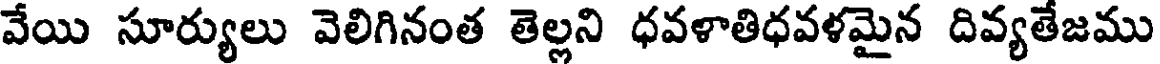
వేయి సూర్యులు వెలిగినంత తెల్లని ధవళాతిధవళమైన దివ్యతేజము